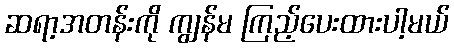
ဆရာ့အတန်းကို ကျွန်မ ကြည့်ပေးထားပါ့မယ်